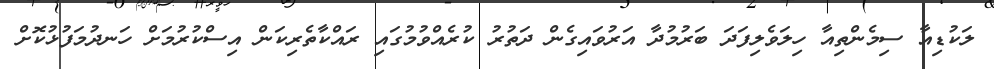
ލަކުޑިއާ ސިމެންތިއާ ހިލަވެލިފަދަ ބަރުމުދާ އަރުވައިގެން ދަތުރު ކުރެއްވުމުގައި ރައްކާތެރިކަން އިސްކުރުމަށް ހަނދުމަފުޅުކޮށް